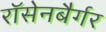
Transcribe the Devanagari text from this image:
रॉसेनबैर्गर